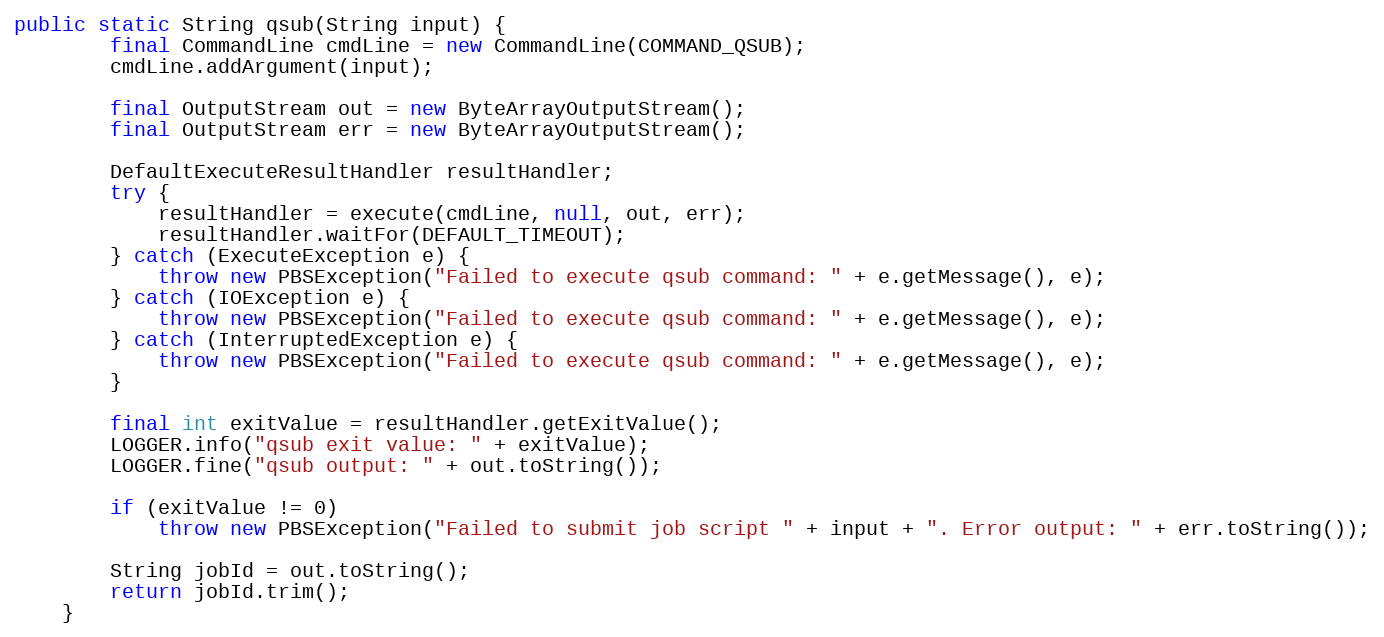
Language: Java
public static String qsub(String input) {
        final CommandLine cmdLine = new CommandLine(COMMAND_QSUB);
        cmdLine.addArgument(input);

        final OutputStream out = new ByteArrayOutputStream();
        final OutputStream err = new ByteArrayOutputStream();

        DefaultExecuteResultHandler resultHandler;
        try {
            resultHandler = execute(cmdLine, null, out, err);
            resultHandler.waitFor(DEFAULT_TIMEOUT);
        } catch (ExecuteException e) {
            throw new PBSException("Failed to execute qsub command: " + e.getMessage(), e);
        } catch (IOException e) {
            throw new PBSException("Failed to execute qsub command: " + e.getMessage(), e);
        } catch (InterruptedException e) {
            throw new PBSException("Failed to execute qsub command: " + e.getMessage(), e);
        }

        final int exitValue = resultHandler.getExitValue();
        LOGGER.info("qsub exit value: " + exitValue);
        LOGGER.fine("qsub output: " + out.toString());

        if (exitValue != 0)
            throw new PBSException("Failed to submit job script " + input + ". Error output: " + err.toString());

        String jobId = out.toString();
        return jobId.trim();
    }